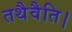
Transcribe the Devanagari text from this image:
तथैवैति।